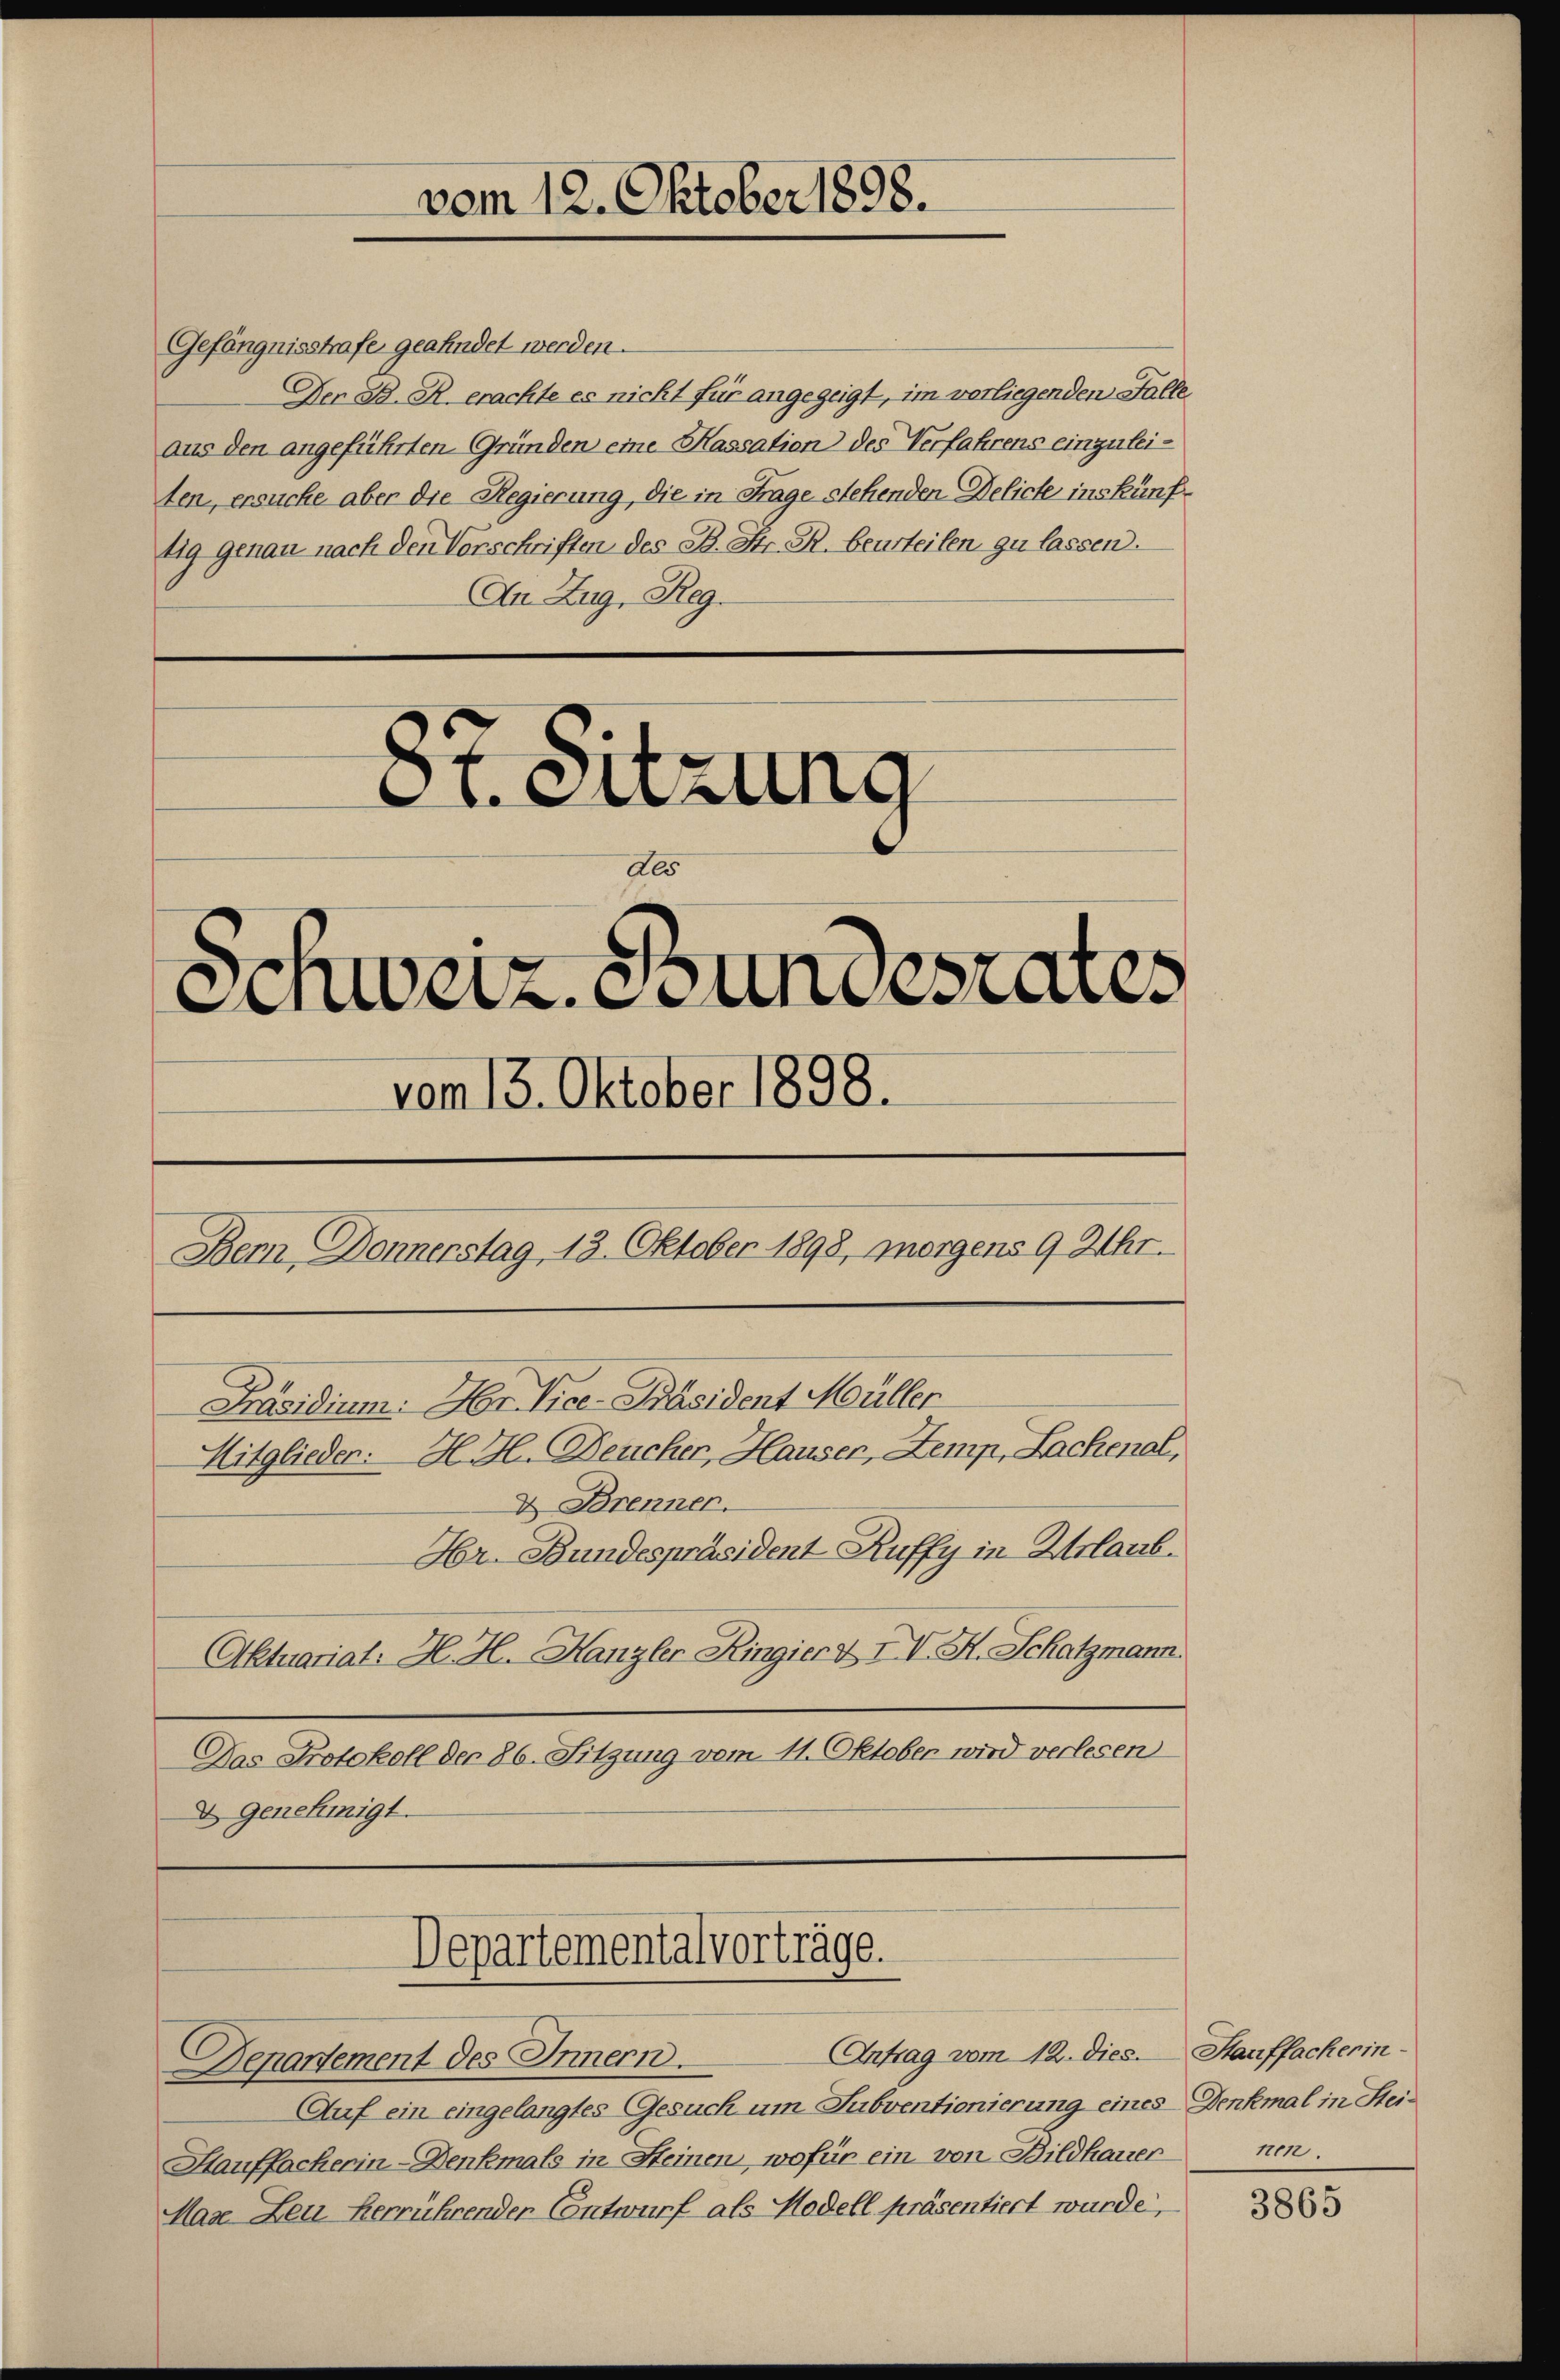
Gefängnisstrafe geahndet werden.
Der B. R. erachte es nicht für angezeigt, im verliegenden Falle
aus den angeführten Gründen eine Kassation des Verfahrens einzuleiten, ersuche aber die Regierung, die in Frage stehenden Delicte inskünftig genau nach den Vorschriften des B. Str. R. beurteilen zu lassen.
An Zug, Reg.
87. Sitzung
des

vom 12. Oktober 1898.

Aktuariat. H. H. Kanzler Ringier & IV. H. Schatzmann.
Das Protokoll der 86. Sitzung vom 11. Oktober wird verlesen
D. Genehmigt.

Departementalvorträge.

Schweiz. Bundesrates
vom 13. Oktober 1898.
Bern Donnerstag 13. Oktober 1898, morgens 9 Uhr.
Präsidium. Hr. Vice-Präsident Müller
Mitglieden. H. H. Deucher, Hauser, Zemp, Lachenal,
D Brenner.
Hr. Bundespräsident Ruffy in Urlaub.

Departement des Innern.
Auf ein eingelangtes Gesuch um Subventionierung eines Denkmal in Stei¬
Hauffacherin-Denkmals in Steinen, wofür ein von Bildhauer nen
Mase Leu herrührender Contwurf als Modell präsentiert wurde,

Antrag vom 12. dies. Stauffacherin¬

3865